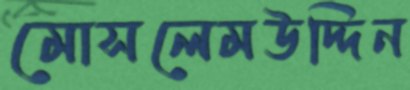
মোসলেমউদ্দিন